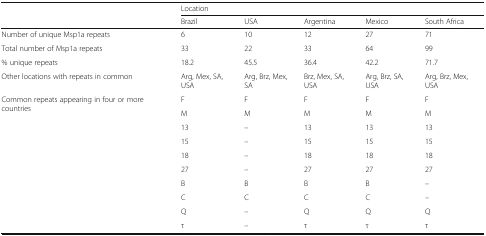
<table><thead><tr><td rowspan="2"></td><td colspan="5"><b>Location</b></td></tr><tr><td><b>Brazil</b></td><td><b>USA</b></td><td><b>Argentina</b></td><td><b>Mexico</b></td><td><b>South Africa</b></td></tr></thead><tbody><tr><td>Number of unique Msp1a repeats</td><td>6</td><td>10</td><td>12</td><td>27</td><td>71</td></tr><tr><td>Total number of Msp1a repeats</td><td>33</td><td>22</td><td>33</td><td>64</td><td>99</td></tr><tr><td>% unique repeats</td><td>18.2</td><td>45.5</td><td>36.4</td><td>42.2</td><td>71.7</td></tr><tr><td>Other locations with repeats in common</td><td>Arg, Mex, SA, USA</td><td>Arg, Brz, Mex, SA</td><td>Brz, Mex, SA, USA</td><td>Arg, Brz, SA, USA</td><td>Arg, Brz, Mex, USA</td></tr><tr><td rowspan="10">Common repeats appearing in four or more countries</td><td>F</td><td>F</td><td>F</td><td>F</td><td>F</td></tr><tr><td>M</td><td>M</td><td>M</td><td>M</td><td>M</td></tr><tr><td>13</td><td>–</td><td>13</td><td>13</td><td>13</td></tr><tr><td>15</td><td>–</td><td>15</td><td>15</td><td>15</td></tr><tr><td>18</td><td>–</td><td>18</td><td>18</td><td>18</td></tr><tr><td>27</td><td>–</td><td>27</td><td>27</td><td>27</td></tr><tr><td>B</td><td>B</td><td>B</td><td>B</td><td>–</td></tr><tr><td>C</td><td>C</td><td>C</td><td>C</td><td>–</td></tr><tr><td>Q</td><td>–</td><td>Q</td><td>Q</td><td>Q</td></tr><tr><td>τ</td><td>–</td><td>τ</td><td>τ</td><td>τ</td></tr></tbody></table>